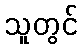
သူတွင်